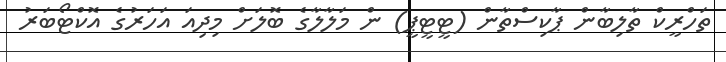
ތަހްރީކް ތާލިބާން ޕާކިސްތާން (ޓީޓީޕީ) ން މަލާލާގެ ބޮލަށް މިދިއަ އަހަރުގެ އޮކްޓޯބަރު